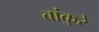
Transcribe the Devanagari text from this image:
बांकुरे